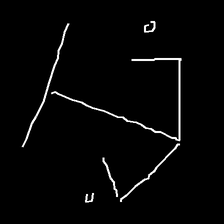
Glyph: earth